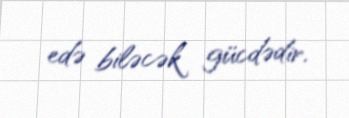
edə biləcək gücdədir.